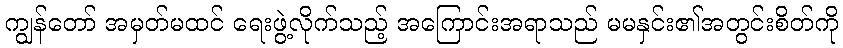
ကျွန်တော် အမှတ်မထင် ရေးဖွဲ့လိုက်သည့် အကြောင်းအရာသည် မမနှင်း၏အတွင်းစိတ်ကို